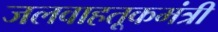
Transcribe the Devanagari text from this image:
जलवाहतूकमंत्री